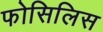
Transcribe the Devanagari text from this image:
फोसिलिस